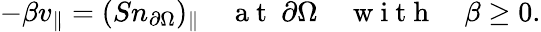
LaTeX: \begin{array}{r}{-\beta v_{\parallel}=(Sn_{\partial\Omega})_{\parallel}\quad\mathrm{~a~t~}\ \partial\Omega\quad\mathrm{~w~i~t~h~}\quad\beta\geq 0.}\end{array}